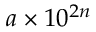
a \times 1 0 ^ { 2 n }